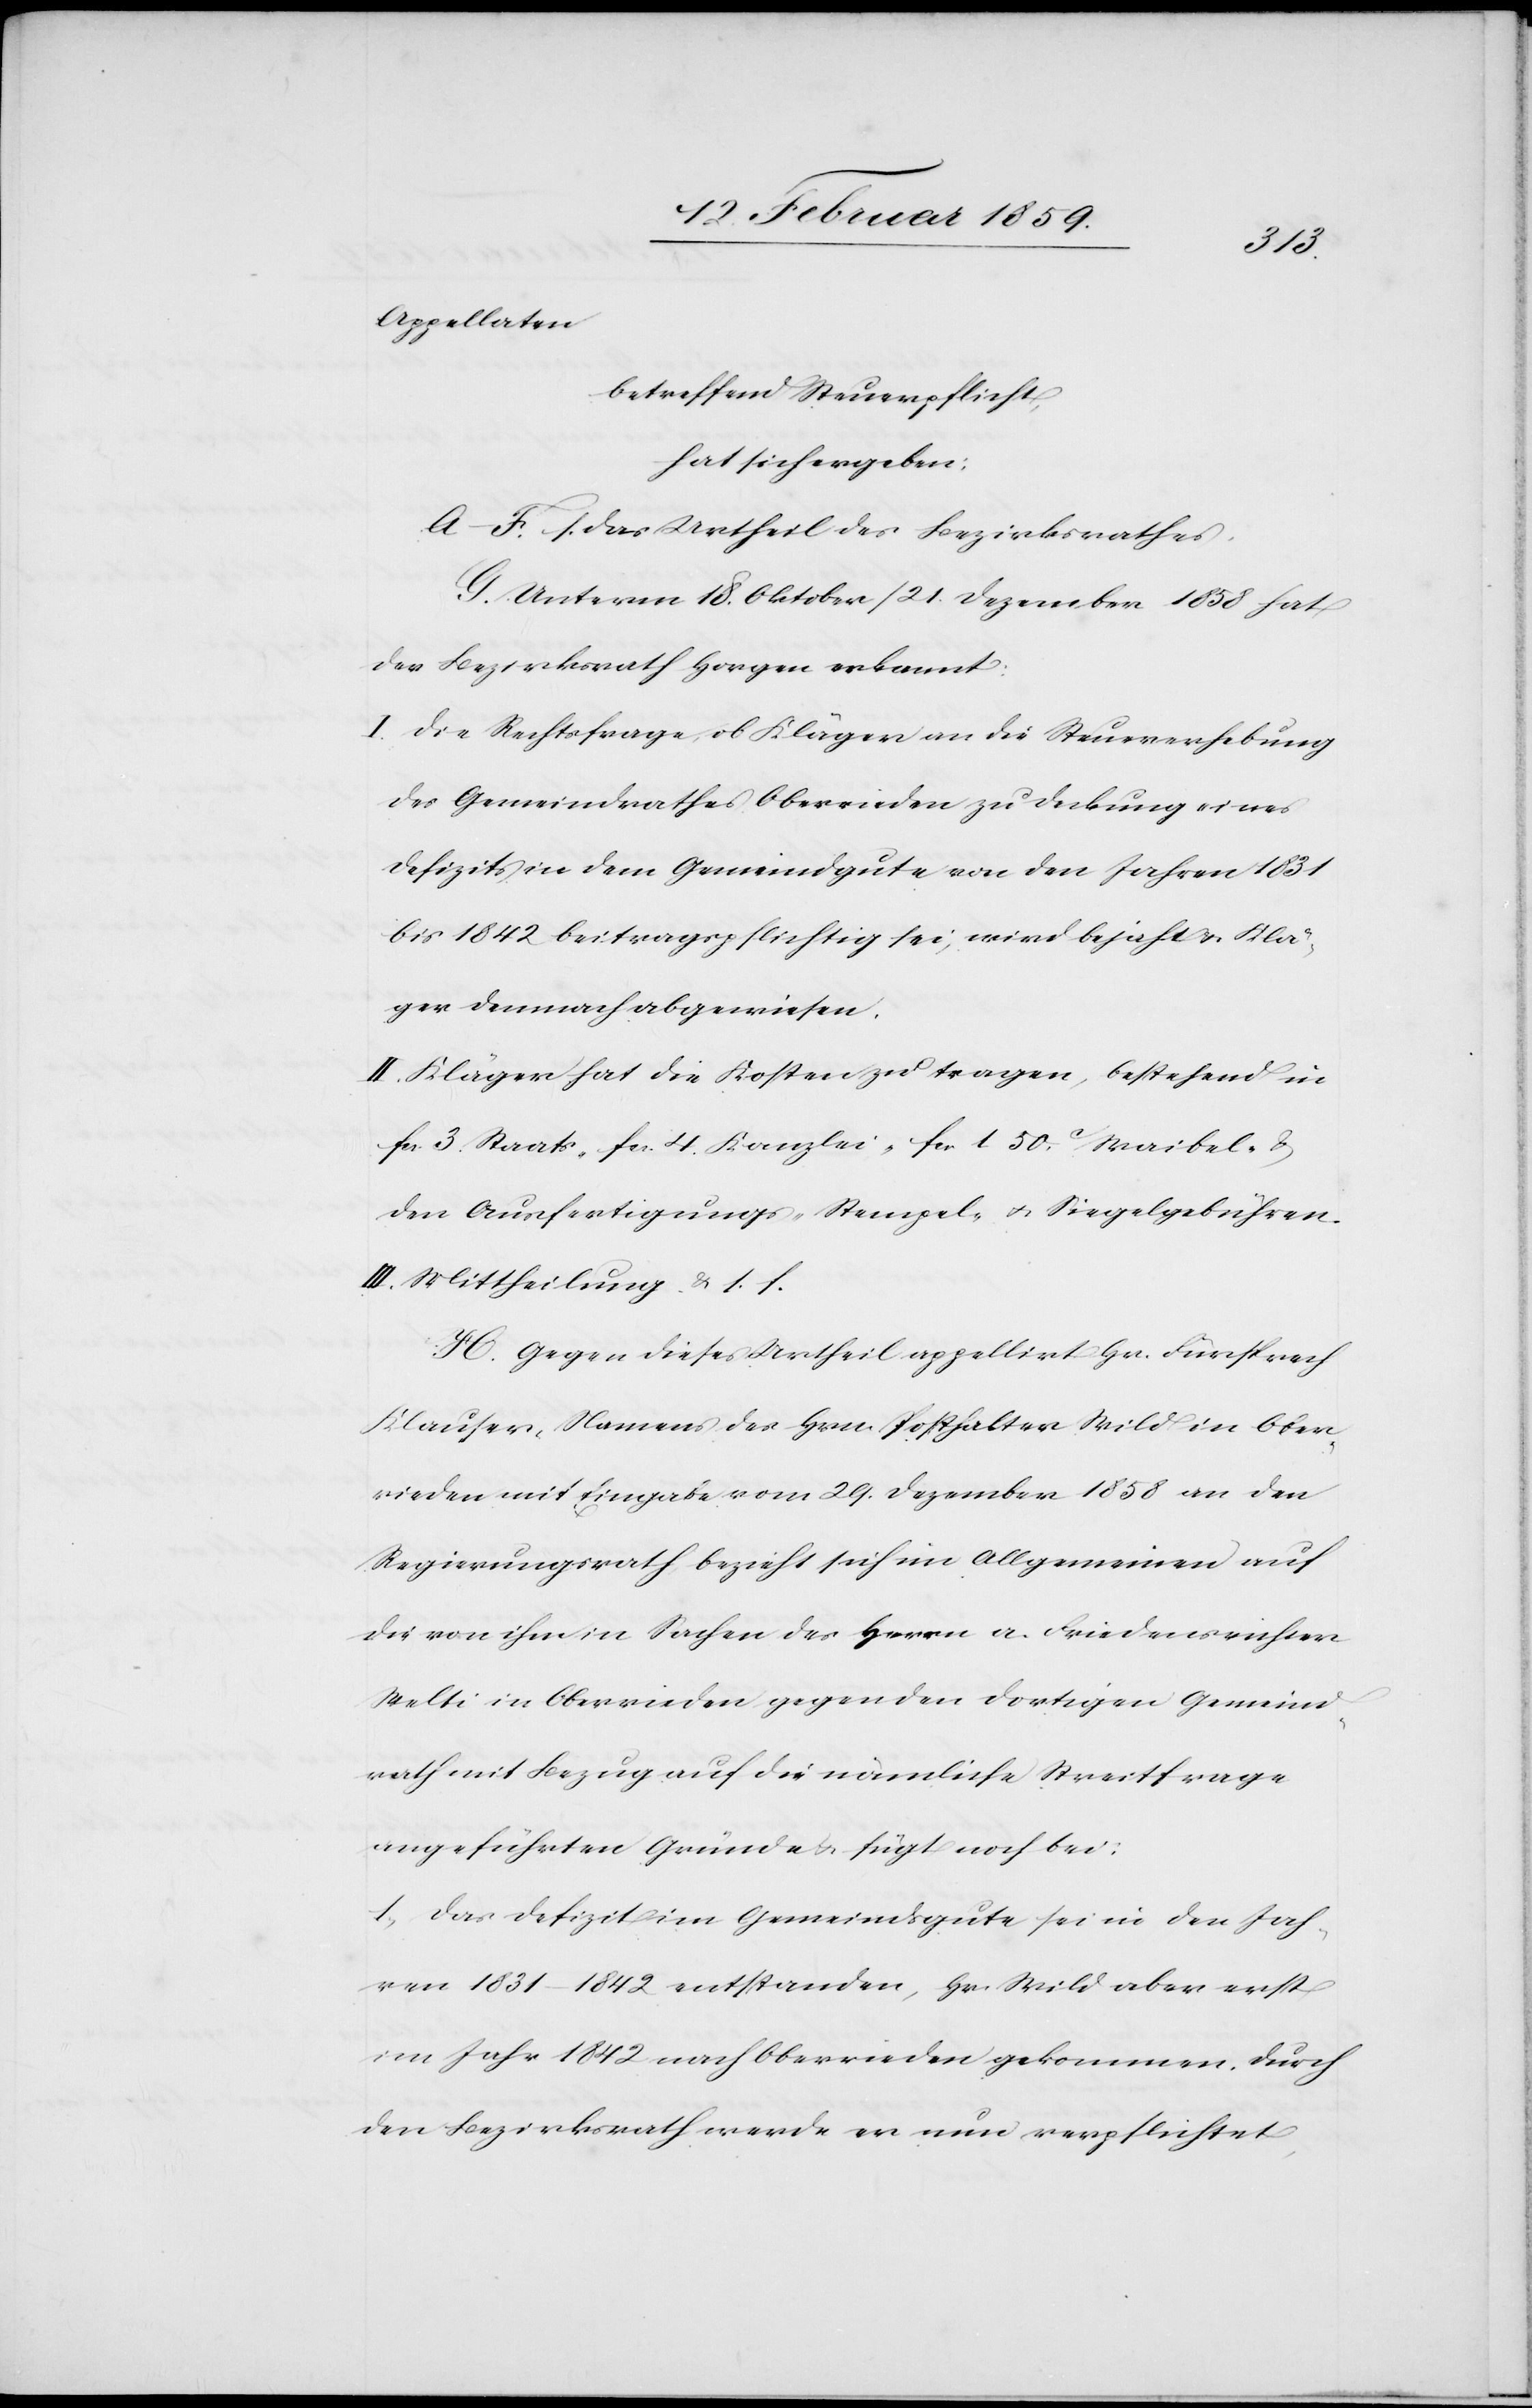
Appellaten
betreffend Steuerpflicht,
hat sich ergeben:
A.–F. s. das Urtheil des Bezirksrathes.
G. Unterm 18. Oktober /21. Dezember 1858 hat
der Bezirksrath Horgen erkannt:
I. Die Rechtsfrage, ob Kläger an die Steuererhebung
des Gemeindrathes Oberrieden zu Deckung eines
Defizits in dem Gemeindgute von den Jahren 1831
bis 1842 beitragspflichtig sei, wird bejaht u. Klä¬
ger demnach abgewiesen.
II. Kläger hat die Kosten zu tragen, bestehend in
fcs. 3. Staats-[,] fcs. 4. Kanzlei-[,] fcs 1.50 c. Waibel- &
den Ausfertigungs-[,] Stempel- u. Siegelgebühren.
III. Mittheilung &. s. f.
H. Gegen dieses Urtheil appellirt Hr. Fürsprech
Klauser, Namens des Hrn. Posthalter Wild in Ober¬
rieden mit Eingabe vom 29. Dezember 1858 an den
Regierungsrath, bezieht sich im Allgemeinen auf
die von ihm in Sachen des Herrn a. Friedensrichter
Welti in Oberrieden gegen den dortigen Gemeind¬
rath mit Bezug auf die nämliche Streitfrage
angeführten Gründe u. fügt noch bei:
1) Das Defizit im Gemeindsgute sei in den Jah¬
ren 1831–1842 entstanden, Hr. Wild aber erst
im Jahr 1842 nach Oberrieden gekommen. Durch
den Bezirksrath werde er nun verpflichtet,